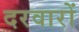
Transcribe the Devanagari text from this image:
दरवारों